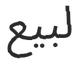
لبيع